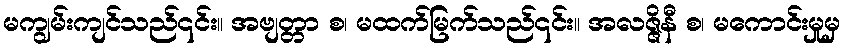
မကျွမ်းကျင်သည်၎င်း။ အဗျတ္တာ စ၊ မထက်မြက်သည်၎င်း။ အလဇ္ဇိနီ စ၊ မကောင်းမှုမှ